Annual administration report of the Civil Veterinary Department, Ajmere-Merwara, British Rajputana - 1914-1940
Year: 1914
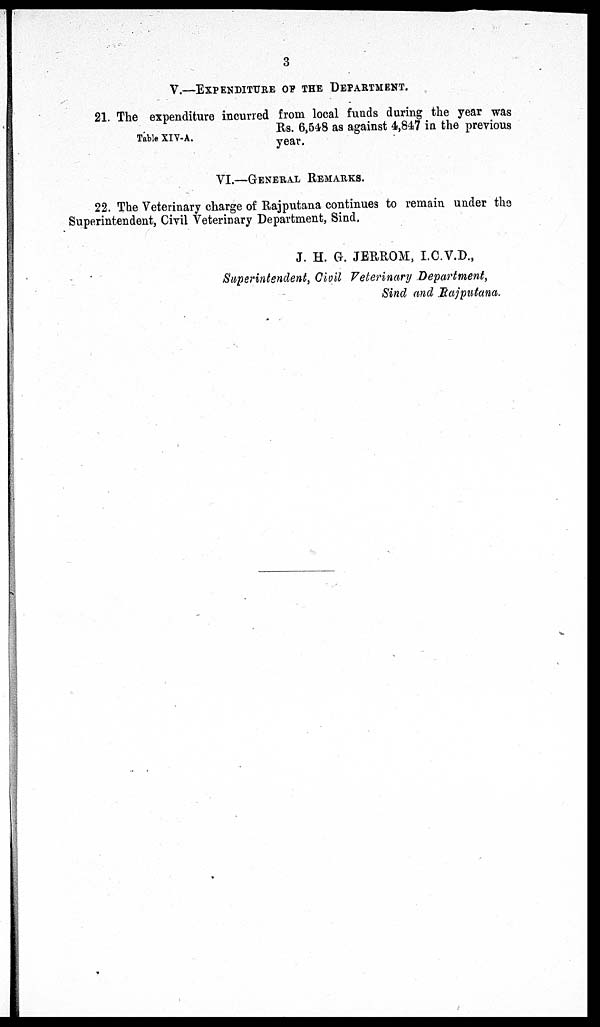
3
V.—EXPENDITURE OP THE DEPAERTMENT.
Table XIV-A.
21. The expenditure incurred from local funds during the year was
Rs. 6,548 as against 4,847 in the previous
year.
VI.—GENERAL REMARKS.
22. The Veterinary charge of Rajputana continues to remain under the
Superintendent, Civil Veterinary Department, Sind.
J. H. G. JERROM, I.C.V.D.,
Superintendent, Civil Veterinary Department,
Sind and Rajputana.